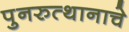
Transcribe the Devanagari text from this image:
पुनरुत्थानाचे